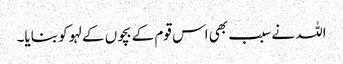
اللہ نے سبب بھی اس قوم کے بچوں کے لہو کو بنایا۔